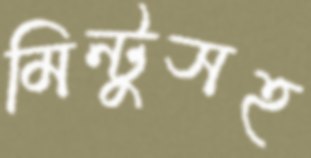
মিন্টুসহ